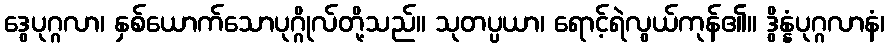
ဒွေပုဂ္ဂလာ၊ နှစ်ယောက်သောပုဂ္ဂိုလ်တို့သည်။ သုတပ္ပယာ၊ ရောင့်ရဲလွယ်ကုန်၏။ ဒွိန္နံပုဂ္ဂလာနံ၊